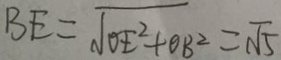
B E = \sqrt { O E ^ { 2 } + O B ^ { 2 } } = \sqrt { 5 }